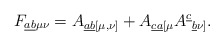
\begin{align*}{F_{\underline{ab}\mu\nu}}={A_{\underline{ab} [\mu,\nu]}}+{A_{\underline{ca} [\mu}A^{\underline{c}}{}_{\underline{b}\nu]}}.\end{align*}